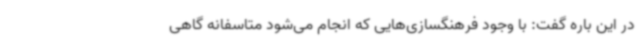
در این باره گفت: با وجود فرهنگسازی‌هایی که انجام می‌شود متاسفانه گاهی